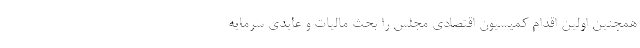
همچنین اولین اقدام کمیسیون اقتصادی مجلس را بحث مالیات و عایدی سرمایه